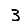
Digit: 3